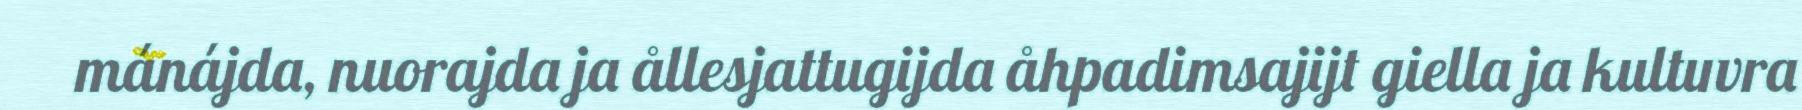
mánájda, nuorajda ja ållesjattugijda åhpadimsajijt giella ja kultuvra